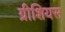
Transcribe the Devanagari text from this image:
ग्रीशियस